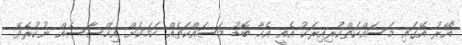
"އޭރު އޭގައި މަސައްކަތްކުރިއިރަކު އެއީ އެހާ ބޮޑު މަސައްކަތެއް ކަމަކަށް އިހްސާސެއް ނުކުރެވޭ.